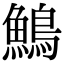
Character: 鷠